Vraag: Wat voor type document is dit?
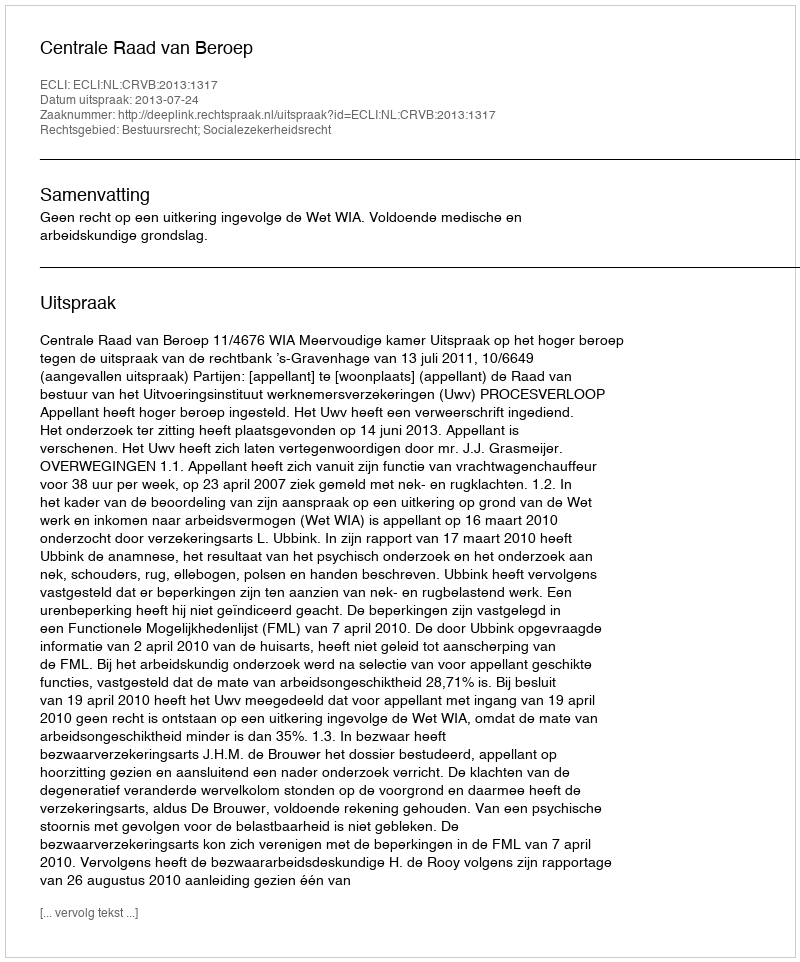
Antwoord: Uitspraak